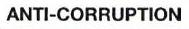
ANTI-CORRUPTION